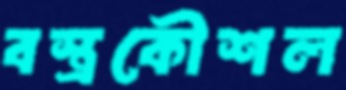
বস্ত্রকৌশল